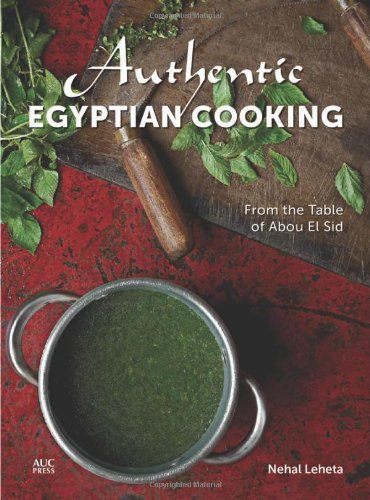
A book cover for Authentic Egyptian Cooking: From the Table of Abou el Sid; Nehal Leheta; Cookbooks, Food & Wine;